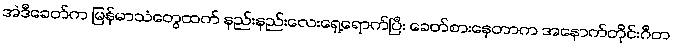
အဲဒီခေတ်က မြန်မာသံတွေထက် နည်းနည်းလေးရှေ့ရောက်ပြီး ခေတ်စားနေတာက အနောက်တိုင်းဂီတ